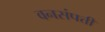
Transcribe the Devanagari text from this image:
वनसंपत्ती